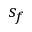
s _ { f }